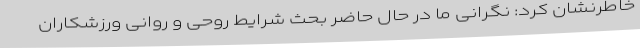
خاطرنشان کرد: نگرانی ما در حال حاضر بحث شرایط روحی و روانی ورزشکاران